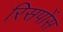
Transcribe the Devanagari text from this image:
रिसपोंस